Lunatic asylums in Bengal annual reports 1888-1898 - 1888-1898
Year: 1888
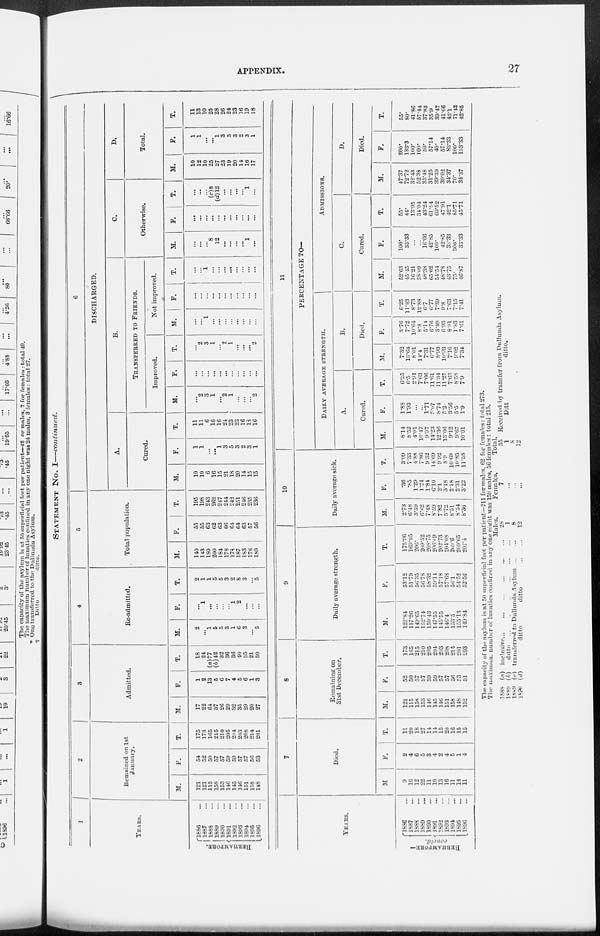
APPENDIX.
27
STATEMENT No. I—continued.
1
YEARS.
BERHAMPORE.
1886 ...
1887 ...
1888 ...
1889 ...
1890 ...
1891 ...
1892 ...
1893 ...
1894 ...
1895 ...
1896 ...
2
Remained on 1st
January.
M.
121
121
115
158
153
146
145
146
151
158
148
F.
54
52
50
57
57
59
59
57
57
56
53
T.
175
173
165
215
210
205
204
203
208
214
201
3
Admitted.
M.
17
22
64
37
26
29
32
35
29
20
27
F.
1
2
13
5
6
7
4
5
6
1
3
T.
18
24
(a)77
(b)42
32
36
36
40
35
21
30
4
Re-admitted.
M.
2
...
1
5
5
3
1
6
3
...
5
F.
...
1
...
...
...
...
1
2
...
...
...
T.
2
1
1
5
5
3
2
8
3
...
5
5
Total population.
M.
140
143
180
200
184
178
178
187
183
178
180
F.
55
55
63
62
63
66
64
64
63
57
56
T.
195
198
243
262
247
244
242
251
246
235
236
6
DISCHARGED.
A.
Cured.
M.
10
10
6
16
15
21
18
20
14
15
15
F.
1
1
...
...
1
3
5
3
2
3
1
T.
11
11
6
16
16
24
23
23
16
13
16
B.
TRANSFERRED TO FRIENDS.
Improved.
M.
...
2
3
1
...
2
1
...
...
...
2
F.
...
...
...
...
...
...
...
...
...
...
...
T.
...
2
3
1
...
2
1
...
...
...
2
Not improved.
M.
...
...
1
...
...
...
...
...
...
...
...
F.
...
...
...
...
...
...
...
...
...
...
...
T.
...
...
1
...
...
...
...
...
...
...
...
C.
Otherwise.
M.
...
...
...
8
12
...
...
...
...
1
...
F.
...
...
...
...
...
...
...
...
...
...
...
T.
...
...
...
(c)8
(d)12
...
...
...
...
1
...
D.
Total.
M.
10
12
10
25
27
23
19
20
14
16
17
F.
1
1
...
...
1
3
5
3
2
3
1
T.
11
13
10
25
28
26
24
23
16
19
18
YEARS.
BERHAMPORE—
1886 ...
1887 ...
1888 ...
1889 ...
1890 ...
1891 ...
1892 ...
1893 ...
1894 ...
1895 ...
1896 ...
7
Died.
M.
9
16
12
22
11
10
13
16
11
14
11
F.
2
4
6
5
3
4
2
4
5
1
4
T.
11
20
18
27
14
14
15
20
16
15
15
8
Remaining on
31st December.
M.
121
115
158
153
146
145
146
151
158
148
152
F.
52
50
57
57
59
59
57
57
56
53
51
T.
173
165
215
210
205
204
203
208
214
201
203
9
Daily average strength.
M.
122.84
117.26
149.65
152.74
150.43
147.55
145.55
146.4
153.5
155.13
149.84
F.
53.12
51.79
56.35
56.78
58.32
59.14
57.18
57.68
56.1
54.52
52.56
T.
175.96
169.05
206.
209.52
208.75
206.09
202.73
204.08
209.6
209.65
202.4
10
Daily average sick.
M.
2.73
6.48
3.59
6.62
7.48
8.59
7.82
5.72
8.51
8.54
8.36
F.
.36
.85
1.29
1.24
1.84
6.10
2.1
3.18
2.18
2.31
3.22
T.
3.09
7.33
4.88
7.86
9.32
14.69
9.92
8.9
10.69
10.85
11.58
11
PERCENTAGE TO—
Daily AVERAGE STRENGTH.
A.
Cured.
M.
8.14
8.52
4.01
10.47
9.97
14.23
12.36
13.66
9.12
9.67
10.01
F.
1.88
1.93
...
...
1.71
5.07
8.74
5.2
3.56
5.5
1.9
T.
6.25
6.5
2.91
7.63
7.66
11.61
11.34
11.27
7.63
8.58
7.9
B.
Died.
M.
7.32
13.64
8.01
14.4
7.31
6.77
8.93
10.93
7.16
9.02
7.34
F.
3.76
7.72
10.64
8.8
5.14
6.76
3.49
6.93
8 91
1.83
7.61
T.
6.25
11.83
8.73
12.88
6.7
6.77
7.39
9.8
7.63
7.15
7.41
ADMISSIONS.
C.
Cured.
M.
52.03
45.15
16.21
38.09
48.38
65.62
51.54
48.78
43.75
75.
46.87
F.
100.
33.33
...|
...
16.66
42.85
100.
42.85
33.33
300.
33.33
T.
55.
44.
13.95
34.04
43.24
61.54
60.52
47.91
42.1
85.71
45.71
D.
Died.
M.
47.37
72.72
32.43
52.38
35.48
31.25
39.39
39.02
34.37
70.
34.37
F.
200.
133.3
100.
100.
50.
57.14
40.
57.14
83.33
100.
133.33
T.
55.
80.
41.86
57.44
37.83
35.9
39.47
41.06
42.1
71.42
42.85
The capacity of the asylum is at 50 superficial feet per patient—211 for males, 62 for females: total 273.
The maximum number of lunatics confined in any one night was 159 males. 56 females : total 215.
1888
1889
1889
1890
(a) inclusive...
... ... ... ... ...
(b)
ditto
...
...
...
...
...
...
...
(c) transferred to Dullunda Asylum
...
(d)
ditto
ditto
...
...
Males.
28
1
8
12
Females.
7
...
...
...
Total.
35
1
8
12
Received by transfer from Dullunda Asylum.
D i t t o
ditto.